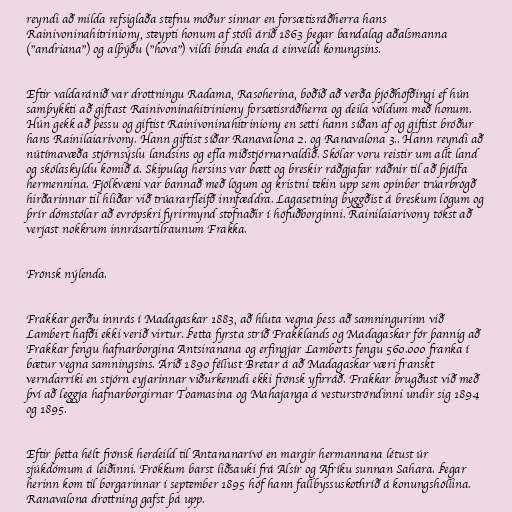
reyndi að milda refsiglaða stefnu móður sinnar en forsætisráðherra hans
Rainivoninahitriniony, steypti honum af stóli árið 1863 þegar bandalag aðalsmanna
("andriana") og alþýðu ("hova") vildi binda enda á einveldi konungsins.

Eftir valdaránið var drottningu Radama, Rasoherina, boðið að verða þjóðhöfðingi ef hún
samþykkti að giftast Rainivoninahitriniony forsætisráðherra og deila völdum með honum.
Hún gekk að þessu og giftist Rainivoninahitriniony en setti hann síðan af og giftist bróður
hans Rainilaiarivony. Hann giftist síðar Ranavalona 2. og Ranavalona 3.. Hann reyndi að
nútímavæða stjórnsýslu landsins og efla miðstjórnarvaldið. Skólar voru reistir um allt land
og skólaskyldu komið á. Skipulag hersins var bætt og breskir ráðgjafar ráðnir til að þjálfa
hermennina. Fjölkvæni var bannað með lögum og kristni tekin upp sem opinber trúarbrögð
hirðarinnar til hliðar við trúararfleifð innfæddra. Lagasetning byggðist á breskum lögum og
þrír dómstólar að evrópskri fyrirmynd stofnaðir í höfuðborginni. Rainilaiarivony tókst að
verjast nokkrum innrásartilraunum Frakka.

Frönsk nýlenda.

Frakkar gerðu innrás í Madagaskar 1883, að hluta vegna þess að samningurinn við
Lambert hafði ekki verið virtur. Þetta fyrsta stríð Frakklands og Madagaskar fór þannig að
Frakkar fengu hafnarborgina Antsiranana og erfingjar Lamberts fengu 560.000 franka í
bætur vegna samningsins. Árið 1890 féllust Bretar á að Madagaskar væri franskt
verndarríki en stjórn eyjarinnar viðurkenndi ekki frönsk yfirráð. Frakkar brugðust við með
því að leggja hafnarborgirnar Toamasina og Mahajanga á vesturströndinni undir sig 1894
og 1895.

Eftir þetta hélt frönsk herdeild til Antananarívó en margir hermannana létust úr
sjúkdómum á leiðinni. Frökkum barst liðsauki frá Alsír og Afríku sunnan Sahara. Þegar
herinn kom til borgarinnar í september 1895 hóf hann fallbyssuskothríð á konungshöllina.
Ranavalona drottning gafst þá upp.